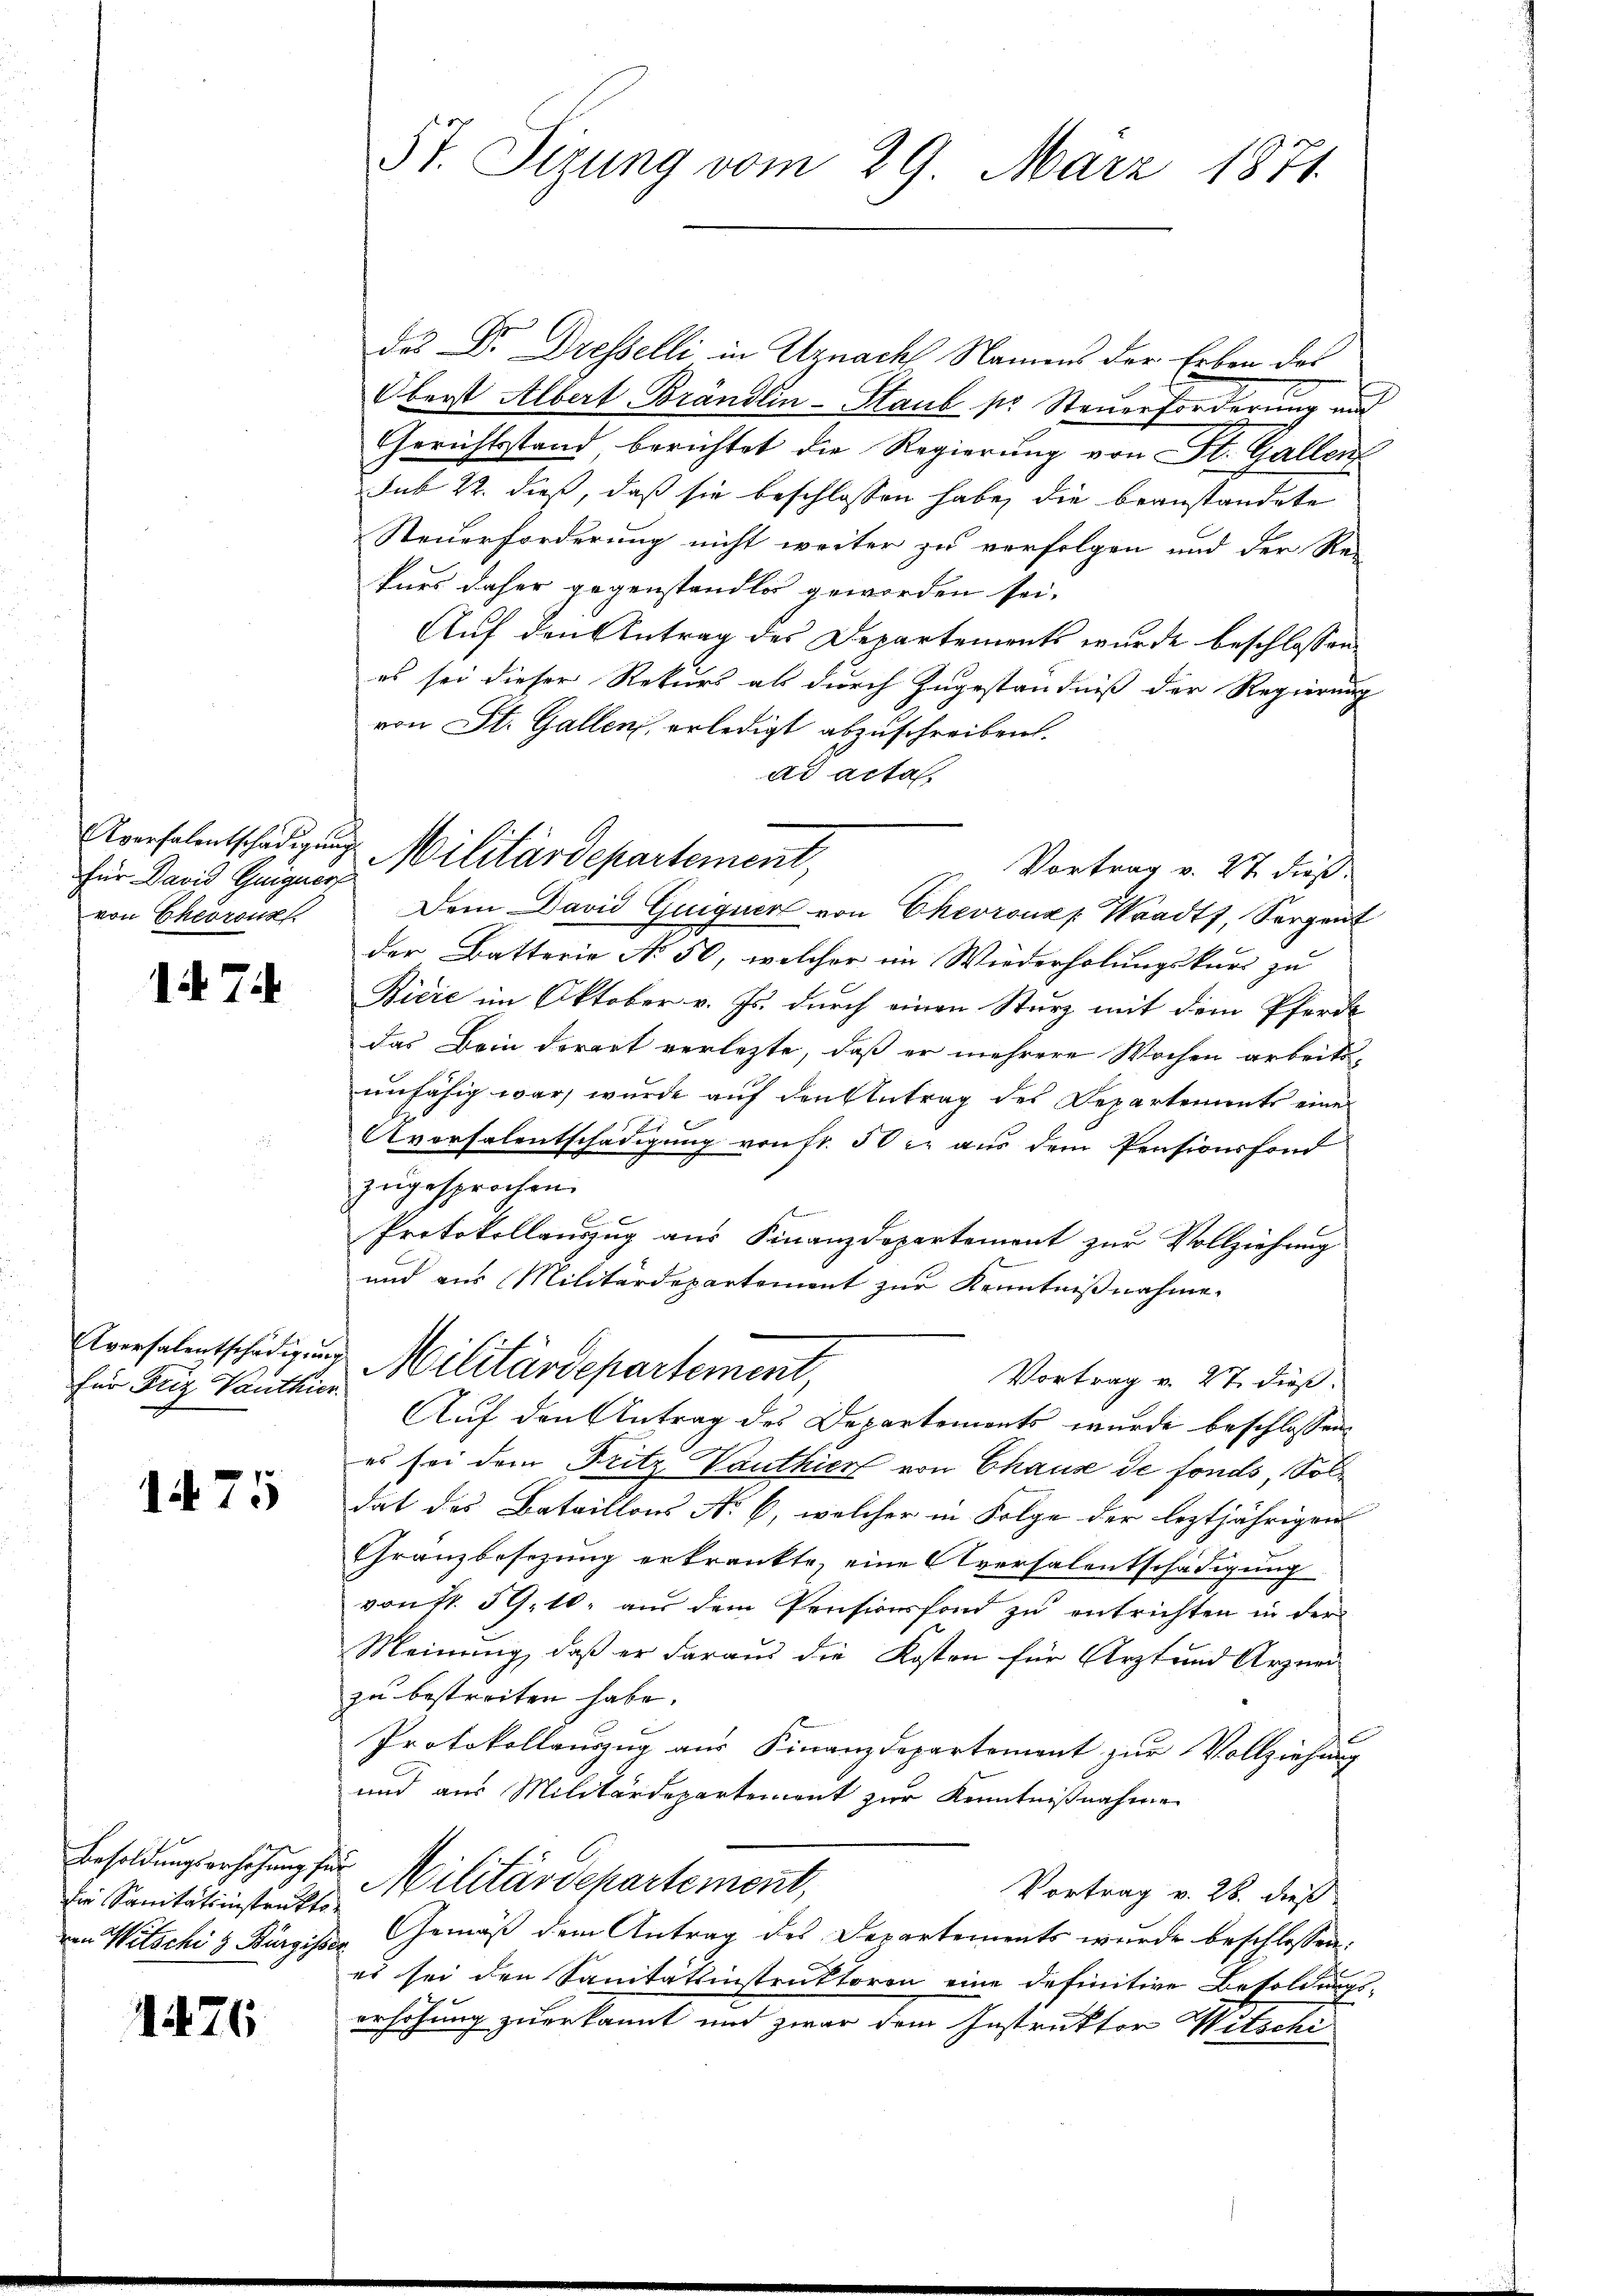
für David Guigner
von Chevrons

1 7

Eversalentschädigun
für Friz Vanthier

1475

die Sanitätsinstrukto

1476

57. Sizung vom 29. März 1871

des Dr. Dresselli in Uznach Namens der Erben des
Oberst Albert Brändlin-Staub pr. Steuerforderung und
Gerichtsstand berichtet die Regierung von St. Gallen
sub 22. dieß, daß sie beschlossen habe, die beanstandete
Steuerforderung nicht weiter zu verfolgen und der Re-
kurs daher gegenstandlos geworden sei.
Auf den Antrag des Departements wurde beschlossen
es sei dieser Rekurs als durch Zugeständniß der Regierung
von St. Gallen, erledigt abzuschreiben.
ad acta,
Dem David Guiguer von Chevrona p Waadt, Sorgent
der Batterie No 50, welcher im Wiederholungskurs zu
Ričić im Oktober v. Js. durch einen Sturz mit dem Pferde
das Bein derart verletzte, daß er mehrere Wochen arbeitsunfähig war, wurde auf den Antrag des Departements einer
Aversalentschädigung von fr. 50 l. aus dem Pensionsfond
zugesprochen.
F
Protokollauszug aus Finanzdepartement zur Vollziehung
und aus Militärdepartement zur Kenntnißnahme.
 Militärdepartement,
Vortrag v. 27. dieß.
Auf den Antrag des Departements wurde beschlossen
es sei dem Fritz-Vanthier von Chause de fonds, Soldat des Bataillons No 6, welcher in Folge der leztjährigen
Granzbesezung erkränkte, eine Aversalentschädigung
von Nr. 59. 10. aus dem Pensionsfond zu entrichten in der
Meinung, daß er daraus die Kosten für Arzt und Arznei
zu bestreiten habe.
Protokollauszug aus Finanzdepartement zur Vollziehung
und aus Militärdepartement zur Kenntnißnahme
Besoldungserhöhung für Militärdepartement,
Vortrag v. 26. dieß
von Witschi & Bürgisser Gemäß dem Antrag des Departements wurde beschlossen:
es sei den Sanitätsinstruktoren eine definitive Besoldungs-
erhöhung zuerkannt und zwar dem Instruktor Witschi

Aversalentschädigung Militärdepartement,
Vortrag v. 27 dieß.